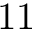
1 1